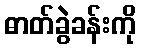
ဓာတ်ခွဲခန်းကို